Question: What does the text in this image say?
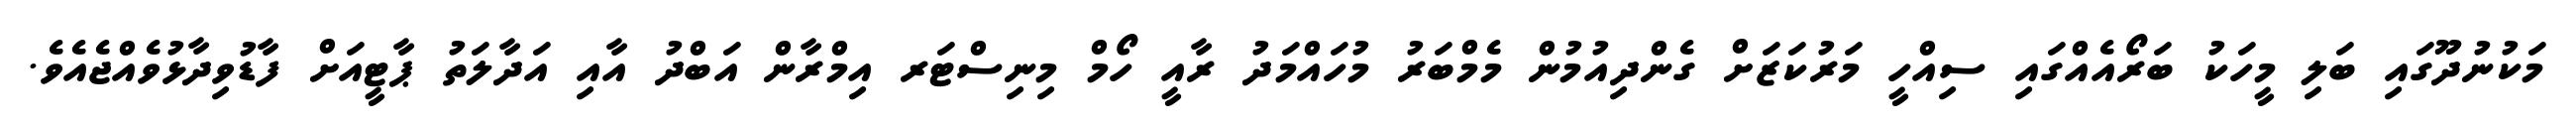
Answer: މަކުނުދޫގައި ބަލި މީހަކު ބަރޯއެއްގައި ސިއްހީ މަރުކަޒަށް ގެންދިއުމުން މެމްބަރު މުހައްމަދު ރާއީ ހޯމް މިނިސްޓަރ އިމްރާން އަބްދު އާއި އަދާލަތު ޕާޓީއަށް ފާޑުވިދާޅުވެއްޖެއެވެ.